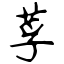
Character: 莩